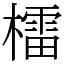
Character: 檑